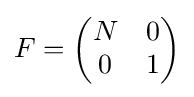
F={\begin{pmatrix}N&0\\0&1\end{pmatrix}}